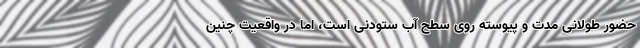
حضور طولانی مدت و پیوسته روی سطح آب ستودنی است، اما در واقعیت چنین